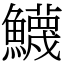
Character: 鱴